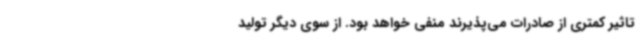
تاثیر کمتری از صادرات می‌پذیرند منفی خواهد بود. از سوی دیگر تولید